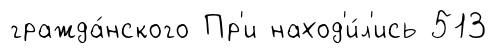
гражда́нского Пр'и наход'и́л'ись 513